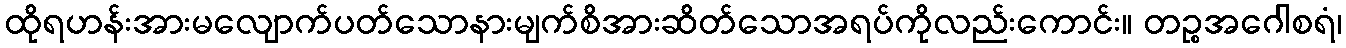
ထိုရဟန်းအားမလျောက်ပတ်သောနားမျက်စိအားဆိတ်သောအရပ်ကိုလည်းကောင်း။ တဉ္စအဂေါစရံ၊